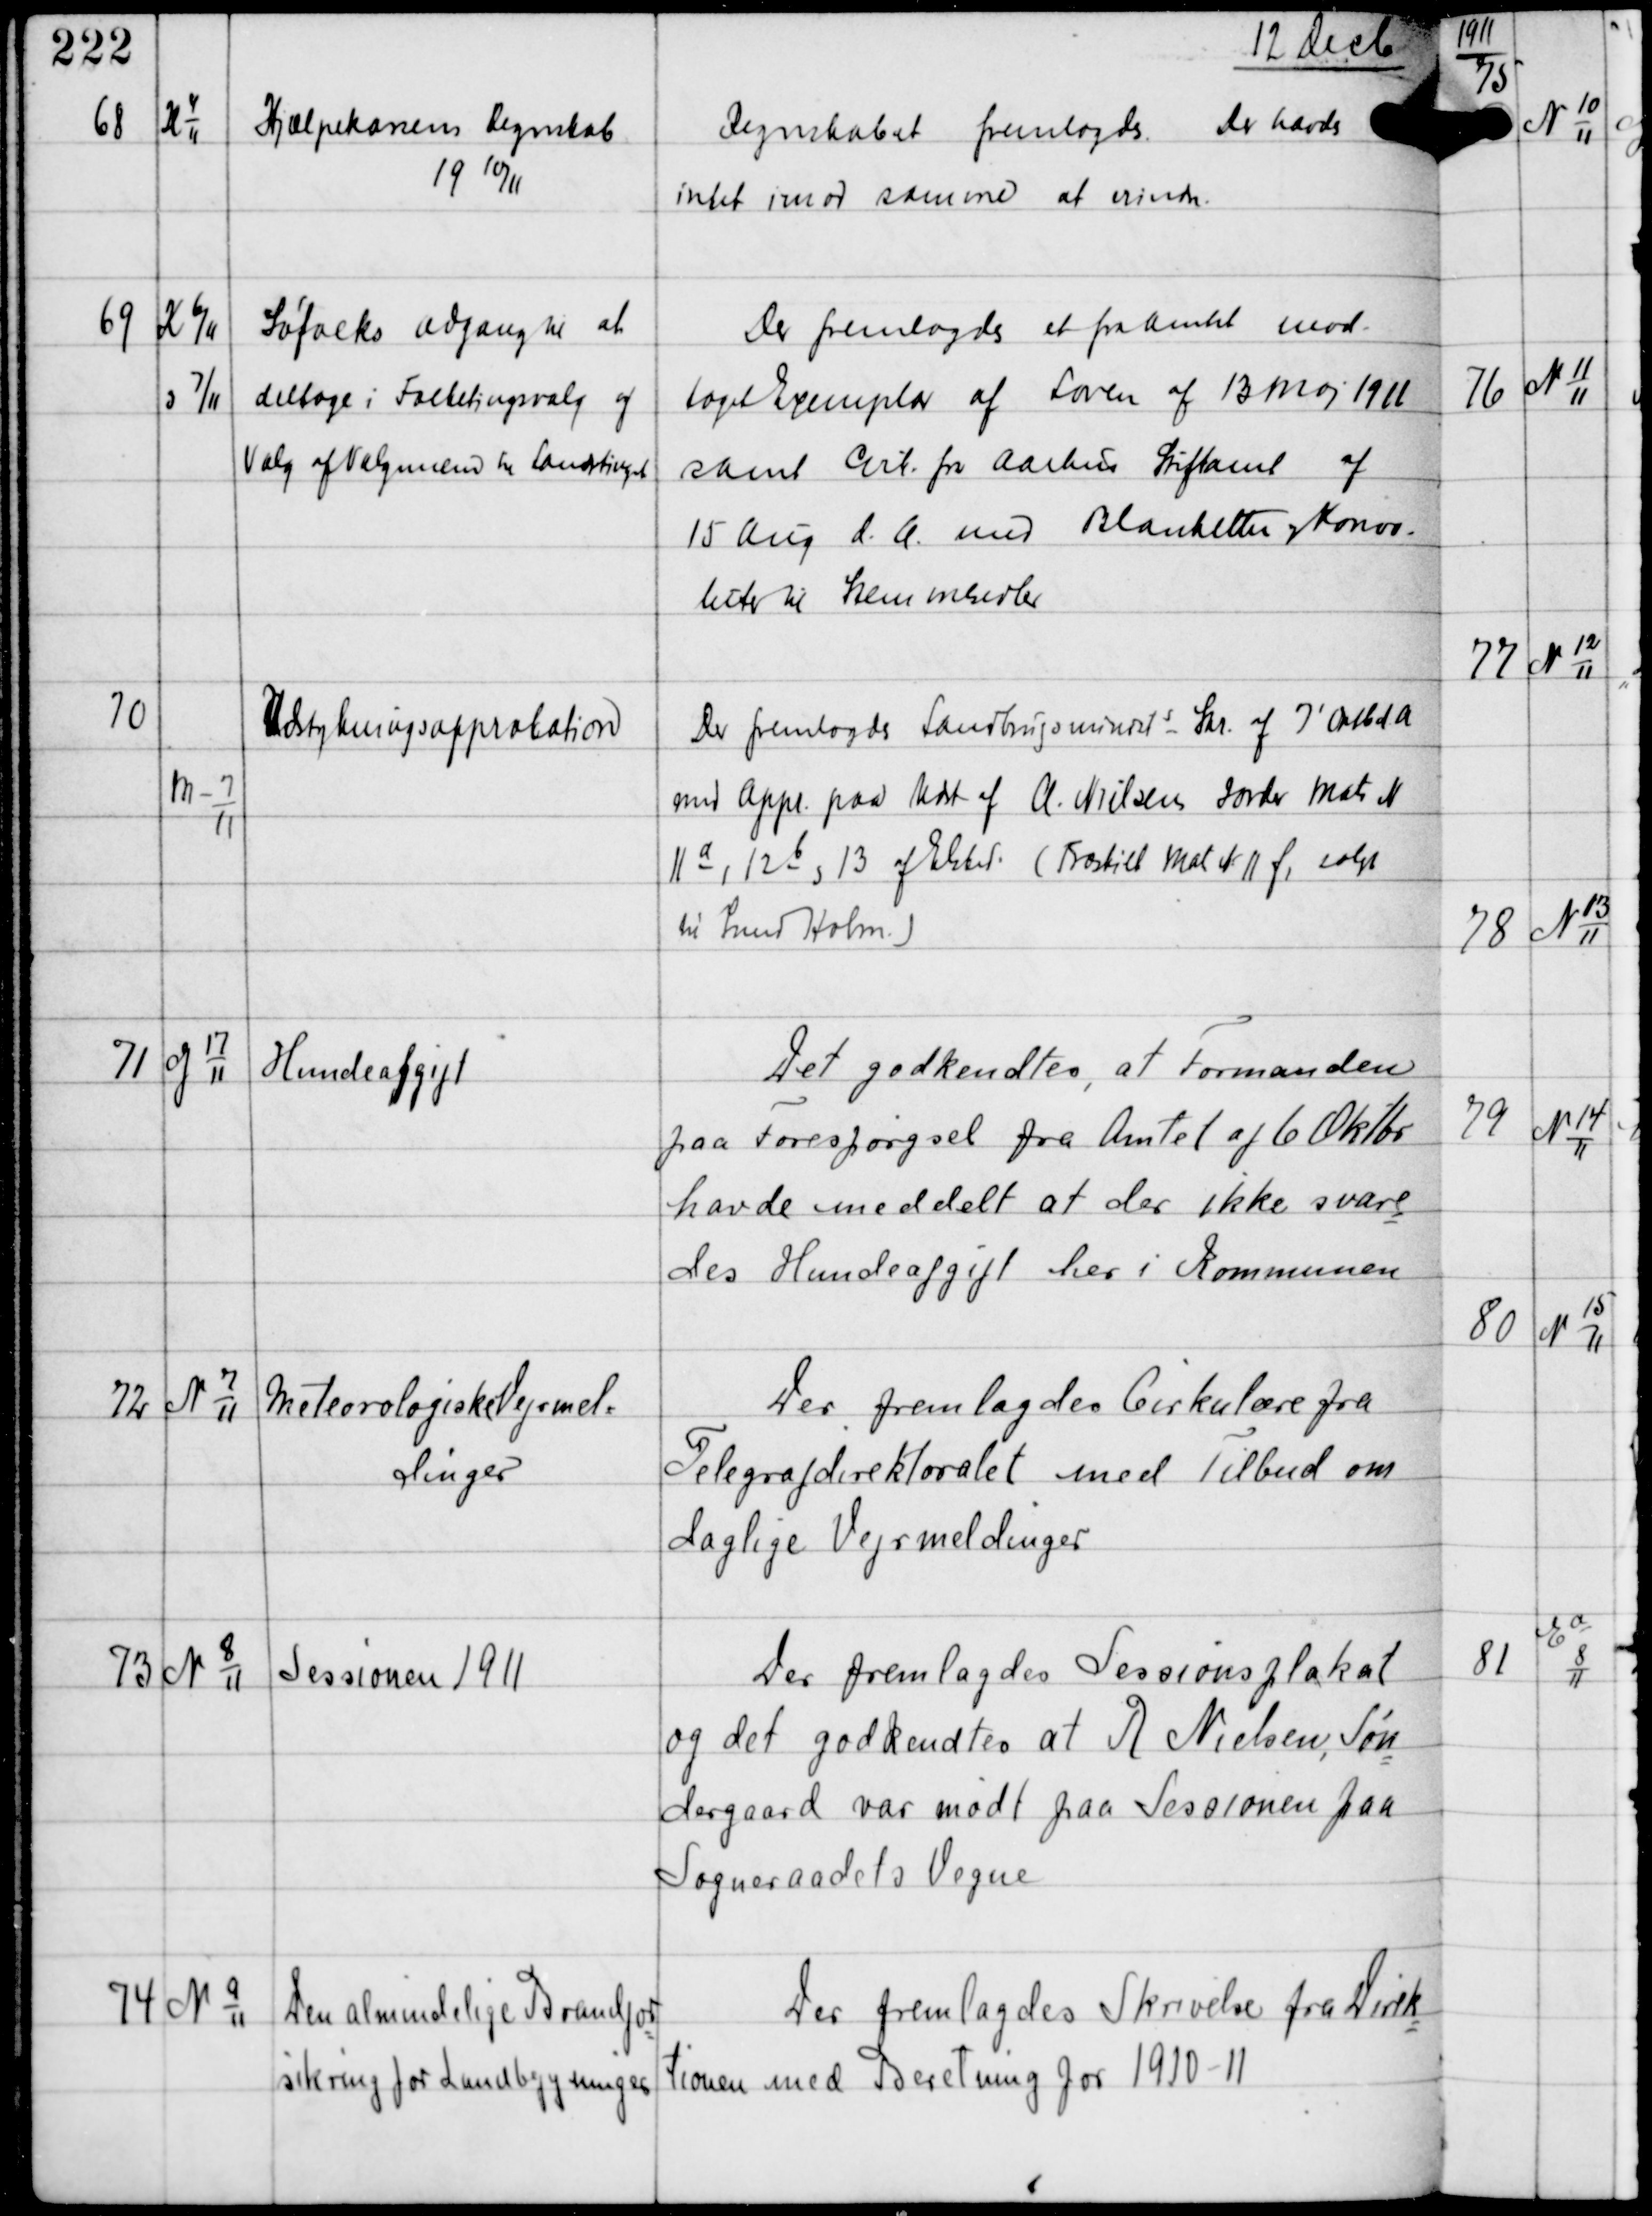
Transskription:
12 Decb

68

K 4
11

Hjælpekassen Regnskab
19 10/11

Regnskabet fremlagdes Der havdes
intet imod samme at erindre

69

K 6/11
og 7/11

Søfolks adgang til at
deltage i Folketingsvalg af
Valg af Valgmænd til Landstinget

Der fremlagdes et fra Amtet mod-
taget Exemplar af Loven af 13 Maj 1911
samt Cirk. fra Aarhus Stiftamt af
15 Aug d.A. med Blanketter og Konvo-
luter til Stemmesedler

70

M-7
11

Udstykningsapprobation

Der fremlagdes Landbrugsminists Skr af 7' Oktb d.A
med Appr paa Udst af A. Nielsens Jorder Matr N
11a, 12b og 13 af Elsted (Fraskilt Mat N 11 f, solgt
til Smed Holm)

71

G 17
11

Hundeafgift

Det godkendtes, at Formanden
paa Forespørgsel fra Amtet af 6 Oktbr
havde meddelt at der ikke svare
des Hundeafgift her i Kommunen

72

N 7
11

Meteorologiske Vejrmel-
dinger

Der fremlagdes Cirkulære fra
Telegrafdirektoratet med Tilbud om
daglige Vejrmeldinger

73

N 8
11

Sessionen 1911

Der fremlagdes Sessionsplakat
og det godkendtes at A Nielsen, Søn
dergaard var mødt paa Sessionen paa
Sogneraadets Vegne

74

N 9
11

Den almindelige Brandfor
sikring for Landbygninger

Der fremlagdes Skrivelse fra Direk
tionen med Beretning for 1910-11